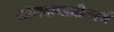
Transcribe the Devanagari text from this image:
योगदानाप्रीत्यर्थ